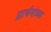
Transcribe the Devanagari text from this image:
प्रार्थनांच्या